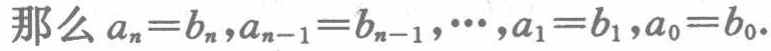
那么 \(a_{n}=b_{n},a_{n - 1}=b_{n - 1},\cdots,a_{1}=b_{1},a_{0}=b_{0}\)。